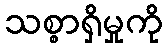
သစ္စာရှိမှုကို